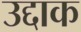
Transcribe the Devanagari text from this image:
उद्दाक